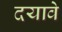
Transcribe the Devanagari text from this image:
दयावे